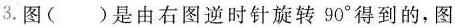
3. 图 ( ) 是由右图逆时针旋转 90° 得到的，图